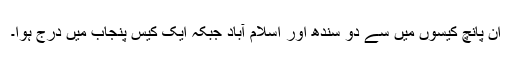
ان پانچ کیسوں میں سے دو سندھ اور اسلام آباد جبکہ ایک کیس پنجاب میں درج ہوا۔